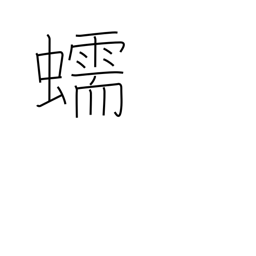
Meaning: crawling of a worm